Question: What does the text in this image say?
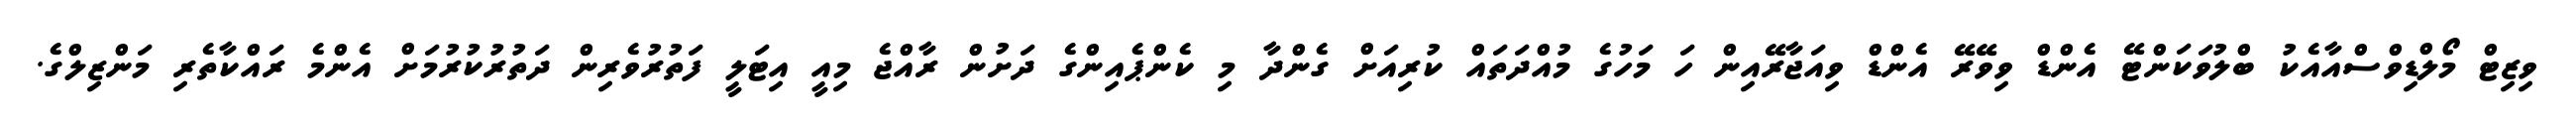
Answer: ވިޒިޓް މޯލްޑިވްސްއާއެކު ބްލުވަކަންޓޭ އެންޑް ވިވޭރޭ އެންޑް ވިއަޖާރޭއިން ހަ މަހުގެ މުއްދަތައް ކުރިއަށް ގެންދާ މި ކެންޕެއިންގެ ދަށުން ރާއްޖެ މިއީ އިޓަލީ ފަތުރުވެރިން ދަތުރުކުރުމަށް އެންމެ ރައްކާތެރި މަންޒިލްގެ.